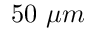
5 0 ~ \mu m